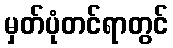
မှတ်ပုံတင်ရာတွင်